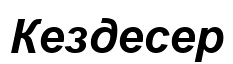
Кездесер